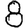
Digit: 8